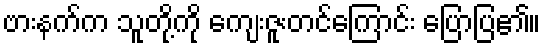
ဗားနက်က သူတို့ကို ကျေးဇူးတင်ကြောင်း ပြောပြ၏။